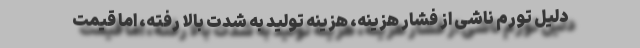
دلیل تورم ناشی از فشار هزینه، هزینه تولید به شدت بالا رفته، اما قیمت